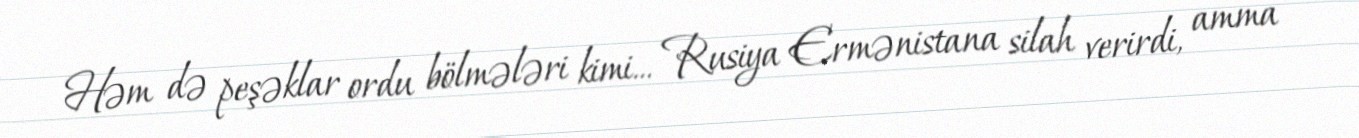
Həm də peşəklar ordu bölmələri kimi... Rusiya Ermənistana silah verirdi, amma